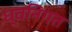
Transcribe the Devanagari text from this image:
ध्वनिगत